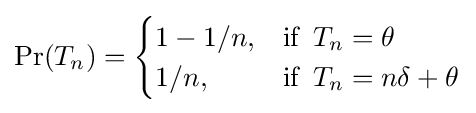
\Pr(T_{n})={\begin{cases}1-1/n,&{\mbox{if }}\,T_{n}=\theta \\1/n,&{\mbox{if }}\,T_{n}=n\delta +\theta \end{cases}}